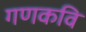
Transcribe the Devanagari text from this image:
गणकवि